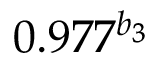
0 . 9 7 7 ^ { b _ { 3 } }